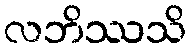
လဘိဿသိ